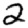
Digit: 2